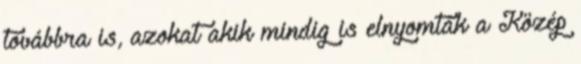
továbbra is, azokat akik mindig is elnyomták a Közép